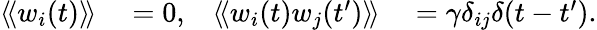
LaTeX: \begin{array}{rlrl}{\left\langle\! \left\langle w_{i}(t)\right\rangle\! \right\rangle}&{{}=0,}&{\left\langle\! \left\langle w_{i}(t)w_{j}({t^{\prime}})\right\rangle\! \right\rangle}&{{}=\gamma\delta_{ij}\delta(t-{t^{\prime}}).}\end{array}